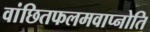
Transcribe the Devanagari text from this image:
वांछितफलमवाप्नोति